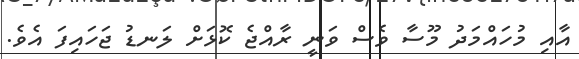
އާއި މުހައްމަދު މޫސާ ވެސް ވަނީ ރާއްޖެ ކޮޅަށް ލަނޑު ޖަހައިފަ އެވެ.